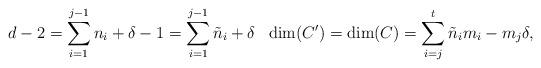
LaTeX: \begin{align*} d-2=\sum_{i=1}^{j-1}n_i+\delta-1=\sum_{i=1}^{j-1}\tilde{n}_i+\delta\ \ \dim(C')=\dim(C)=\sum_{i=j}^t\tilde{n}_im_i-m_j\delta,\end{align*}